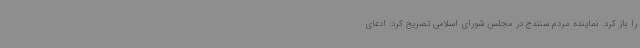
را باز کرد. نماینده مردم سنندج در مجلس شورای اسلامی تصریح کرد: ادعای